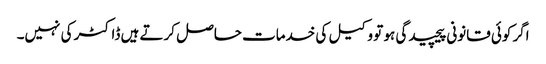
اگر کوئی قانونی پیچیدگی ہو تو وکیل کی خدمات حاصل کرتے ہیں ڈاکٹر کی نہیں۔